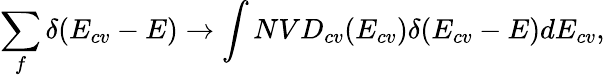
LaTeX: \sum_{f}\delta(E_{cv}-E)\rightarrow\int NVD_{cv}(E_{cv})\delta(E_{cv}-E)dE_{cv},